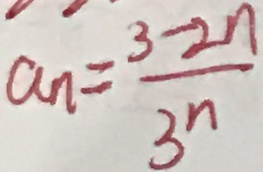
a _ { n } = \frac { 3 - 2 n } { 3 ^ { n } }